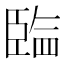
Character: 𰯲